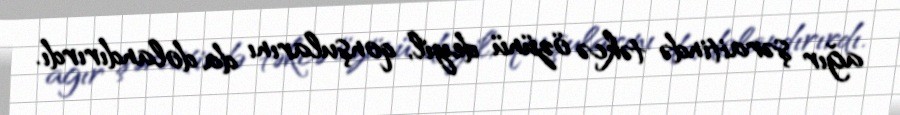
ağır şəraitində təkcə özünü deyil, qonşularını da dolandırırdı.